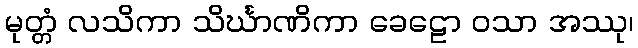
မုတ္တံ လသိကာ သိင်္ဃာဏိကာ ခေဠော ဝသာ အဿု၊